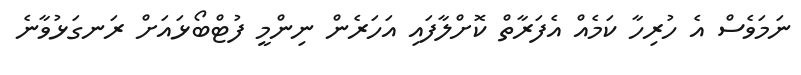
ނަމަވެސް އެ ހުރިހާ ކަމެއް އެފަރާތް ކޮށްލާފައި އަހަރެން ނިންމީ ފުޓްބޯޅައަށް ރަނގަޅުވާނެ